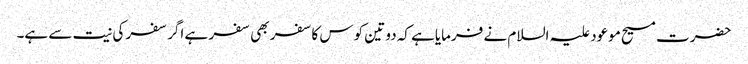
حضرت مسیح موعود علیہ السلام نے فرمایاہے کہ دو تین کوس کا سفر بھی سفر ہے اگر سفر کی نیت سے ہے۔